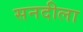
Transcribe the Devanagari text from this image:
सनदीला